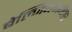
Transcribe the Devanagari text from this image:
बेल्जियमनंतर